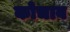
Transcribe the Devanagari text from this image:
कोचाव